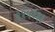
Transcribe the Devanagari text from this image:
११५१३३